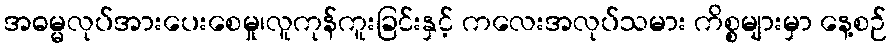
အဓမ္မလုပ်အားပေးစေမှု၊လူကုန်ကူးခြင်းနှင့် ကလေးအလုပ်သမား ကိစ္စများမှာ နေ့စဉ်